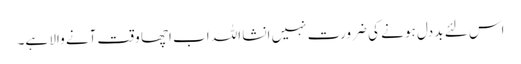
اس لئے بد دل ہو نے کی ضرورت نہیں انشا اللہ اب اچھا وقت آنے والا ہے۔